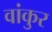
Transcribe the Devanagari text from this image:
वांकुर